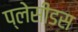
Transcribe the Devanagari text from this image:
प्लेसीडस